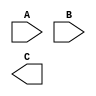
module sub(
    input [31:0] A,
    input [31:0] B,
    output [31:0] C
    );
    always @ (R0, R4) begin
        R5 = R0 - R4;
    end
endmodule